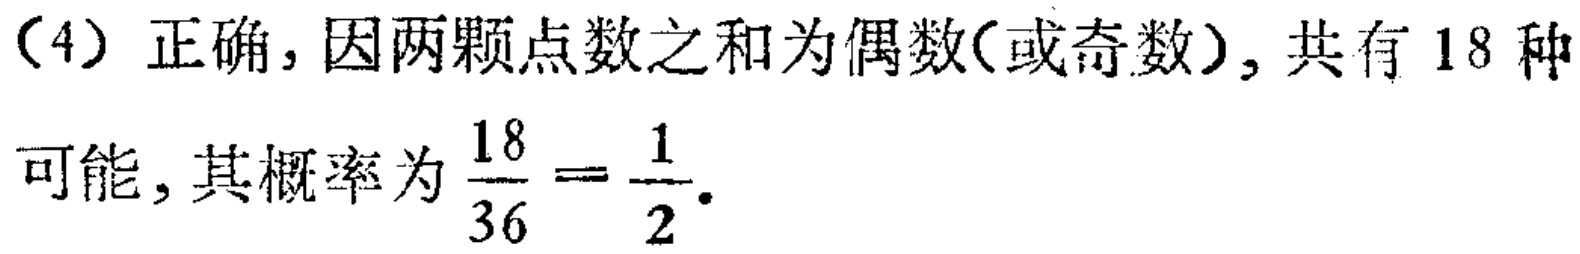
（4）正确，因两颗点数之和为偶数(或奇数)，共有 18 种

可能，其概率为$\frac{18}{36}=\frac{1}{2}$。